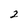
Character: 2